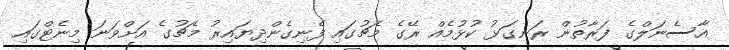
އާސެނަލްގެ ފަރާތުން ރަނގަޅު ކުޅުމެއް ރޭގެ މެޗުގައި ފެނިގެންދިޔައިރު މެޗުގެ އަށްވަނަ މިނެޓްގައި